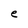
Character: e